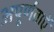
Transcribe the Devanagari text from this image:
अपूर्णताऐं